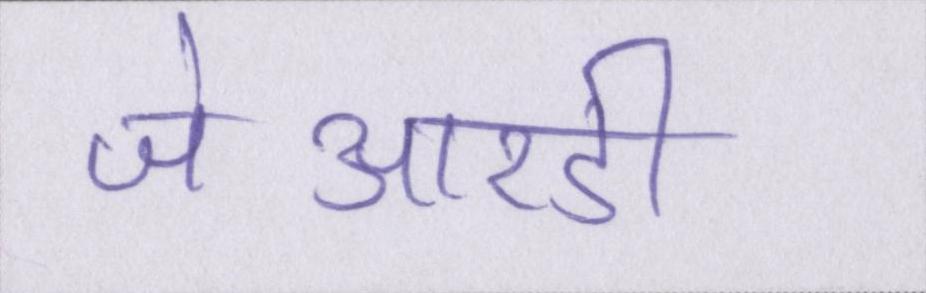
जेआरडी